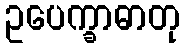
ဥပေက္ခာဓာတု